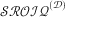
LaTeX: { \mathcal { S R O I Q } } ^ { \mathcal { ( D ) } }